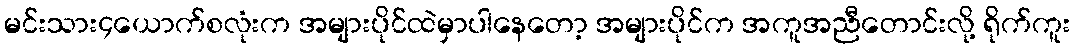
မင်းသား၄ယောက်စလုံးက အများပိုင်ထဲမှာပါနေတော့ အများပိုင်က အကူအညီတောင်းလို့ ရိုက်ကူး